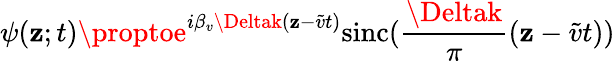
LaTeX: \psi(\mathbf{z};t)\proptoe^{i\beta_{v}\Deltak(\mathbf{z}-\widetilde{{v}}t)}\mathrm{{sinc}}(\frac{{\Deltak}}{{\pi}}(\mathbf{z}-\widetilde{{v}}t))